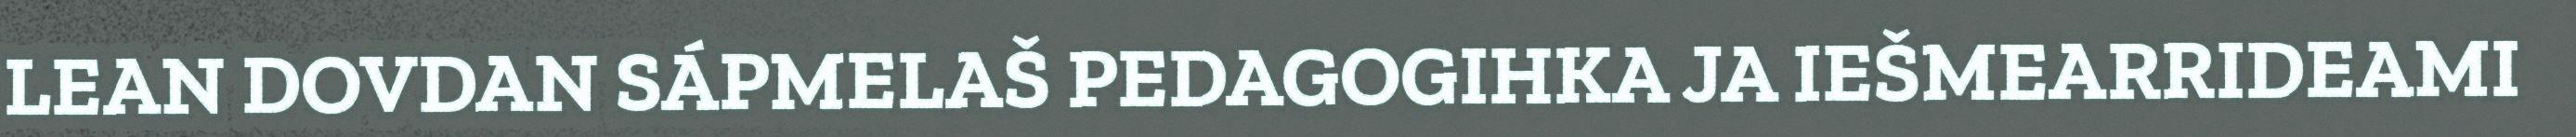
LEAN DOVDAN SÁPMELAŠ PEDAGOGIHKA JA IEŠMEARRIDEAMI